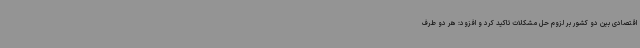
اقتصادی بین دو کشور بر لزوم حل مشکلات تاکید کرد و افزود: هر دو طرف